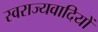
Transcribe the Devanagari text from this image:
स्वराज्यवादियों